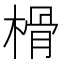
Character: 榾